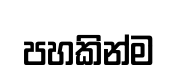
පහකින්ම